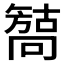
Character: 𰈳